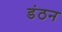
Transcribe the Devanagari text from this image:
डंठन